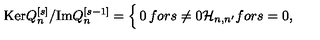
\mathrm { K e r } Q _ { n } ^ { [ s ] } / \mathrm { I m } Q _ { n } ^ { [ s - 1 ] } = \Bigl \lbrace \begin{matrix} { 0 } & { f o r } & { s \not = 0 } \\ { { \cal H } _ { n , n ^ { \prime } } } & { f o r } & { s = 0 } \\ \end{matrix} ,